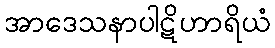
အာဒေသနာပါဋိဟာရိယံ